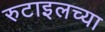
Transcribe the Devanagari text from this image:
रुटाइलच्या